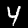
Label: 4